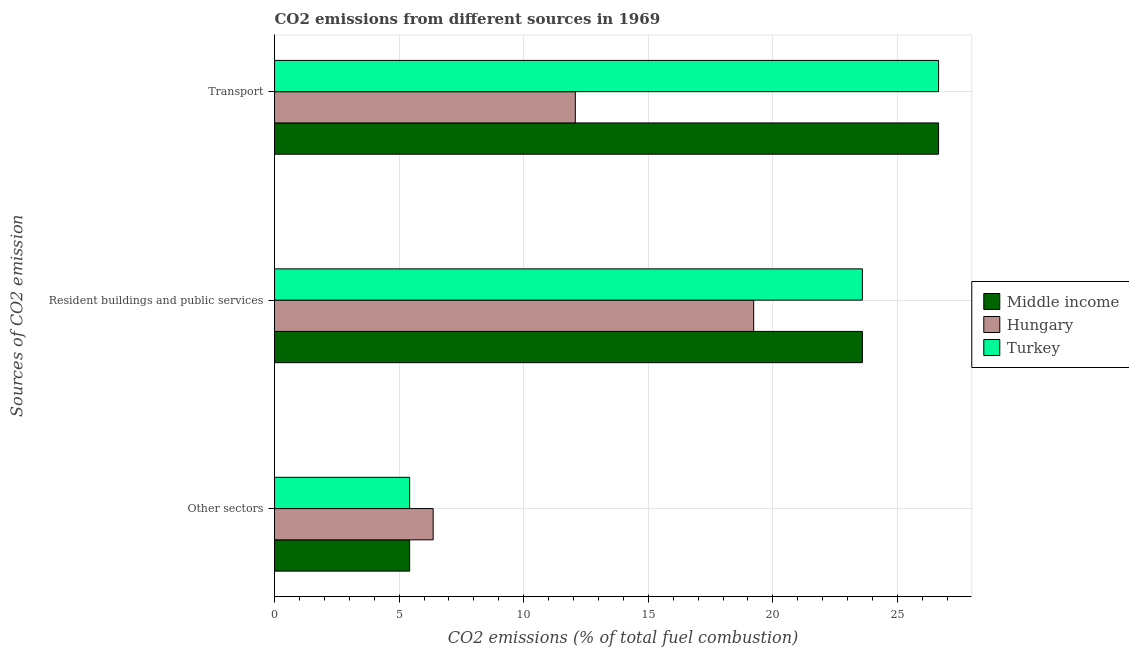
| Sources of CO2 emission | Middle income | Hungary | Turkey |
 | --- | --- | --- | --- |
 | Other sectors | 5.42 | 6.37 | 5.42 |
 | Resident buildings and public services | 23.6 | 19.2 | 23.6 |
 | Transport | 26.7 | 12.1 | 26.7 |